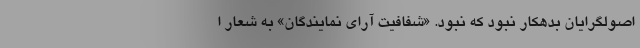
اصولگرایان بدهکار نبود که نبود. «شفافیت آرای نمایندگان» به شعار ا